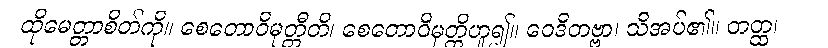
ထိုမေတ္တာစိတ်ကို။ စေတောဝိမုတ္တီတိ၊ စေတောဝိမုတ္တိဟူ၍။ ဝေဒိတဗ္ဗာ၊ သိအပ်၏။ တတ္ထ၊